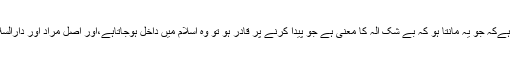
ان کی اس سےمرادہرگز یہ نہیں ہےکہ جو یہ مانتا ہو کہ بے شک الہ کا معنی ہے جو پیدا کرنے پر قادر ہو تو وہ اسلام میں داخل ہوجاتاہے،اور اصل مراد اور دارالسلام (جنت) کی چابی کو پالیتا ہے۔